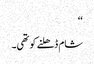
‘‘
شام ڈھلنے کو تھی۔